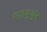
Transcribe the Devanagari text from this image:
महबुबुर